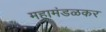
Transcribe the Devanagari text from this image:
महामंडळकर